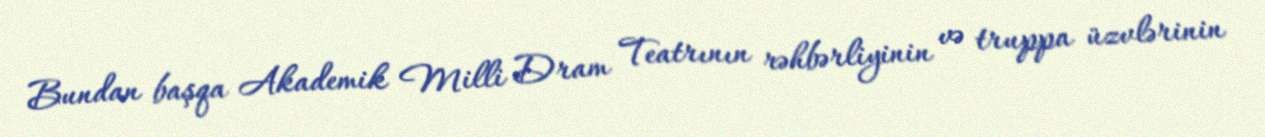
Bundan başqa Akademik Milli Dram Teatrının rəhbərliyinin və truppa üzvlərinin